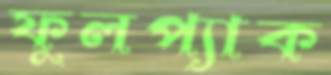
ফুলপ্যাক